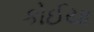
કોઈયા